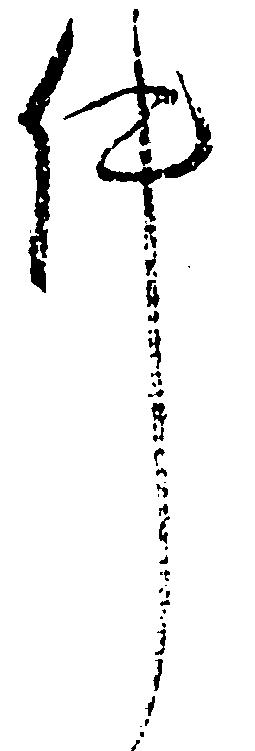
件